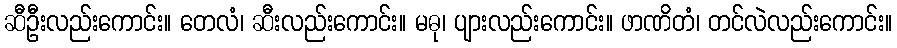
ဆီဦးလည်းကောင်း။ တေလံ၊ ဆီးလည်းကောင်း။ မဓု၊ ပျားလည်းကောင်း။ ဖာဏိတံ၊ တင်လဲလည်းကောင်း။